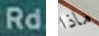
Rd ماذا